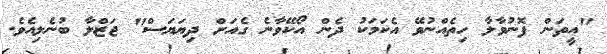
"އީތަން ފޮނުވާލާ ހިތެއްނުވޭ އެކަމަކު ދެން އޯކޭވާނެ ގެއަށް ދިޔަޔަސް" ޖަޒްލާ ބުނެލިއެވެ.